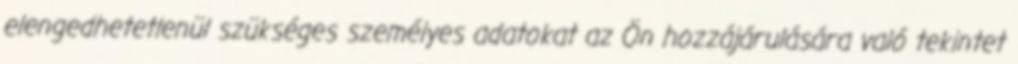
elengedhetetlenül szükséges személyes adatokat az Ön hozzájárulására való tekintet